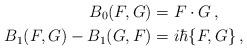
LaTeX: \begin{align*}B_0(F,G)&=F\cdot G\,,\\B_1(F,G)-B_1(G,F)&=i\hbar\{F,G\}\,,\end{align*}